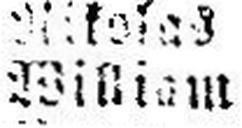
William